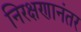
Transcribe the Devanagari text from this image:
निरक्षणानंतर